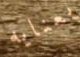
بعنايه